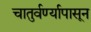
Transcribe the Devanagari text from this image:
चातुर्वर्ण्यापासून